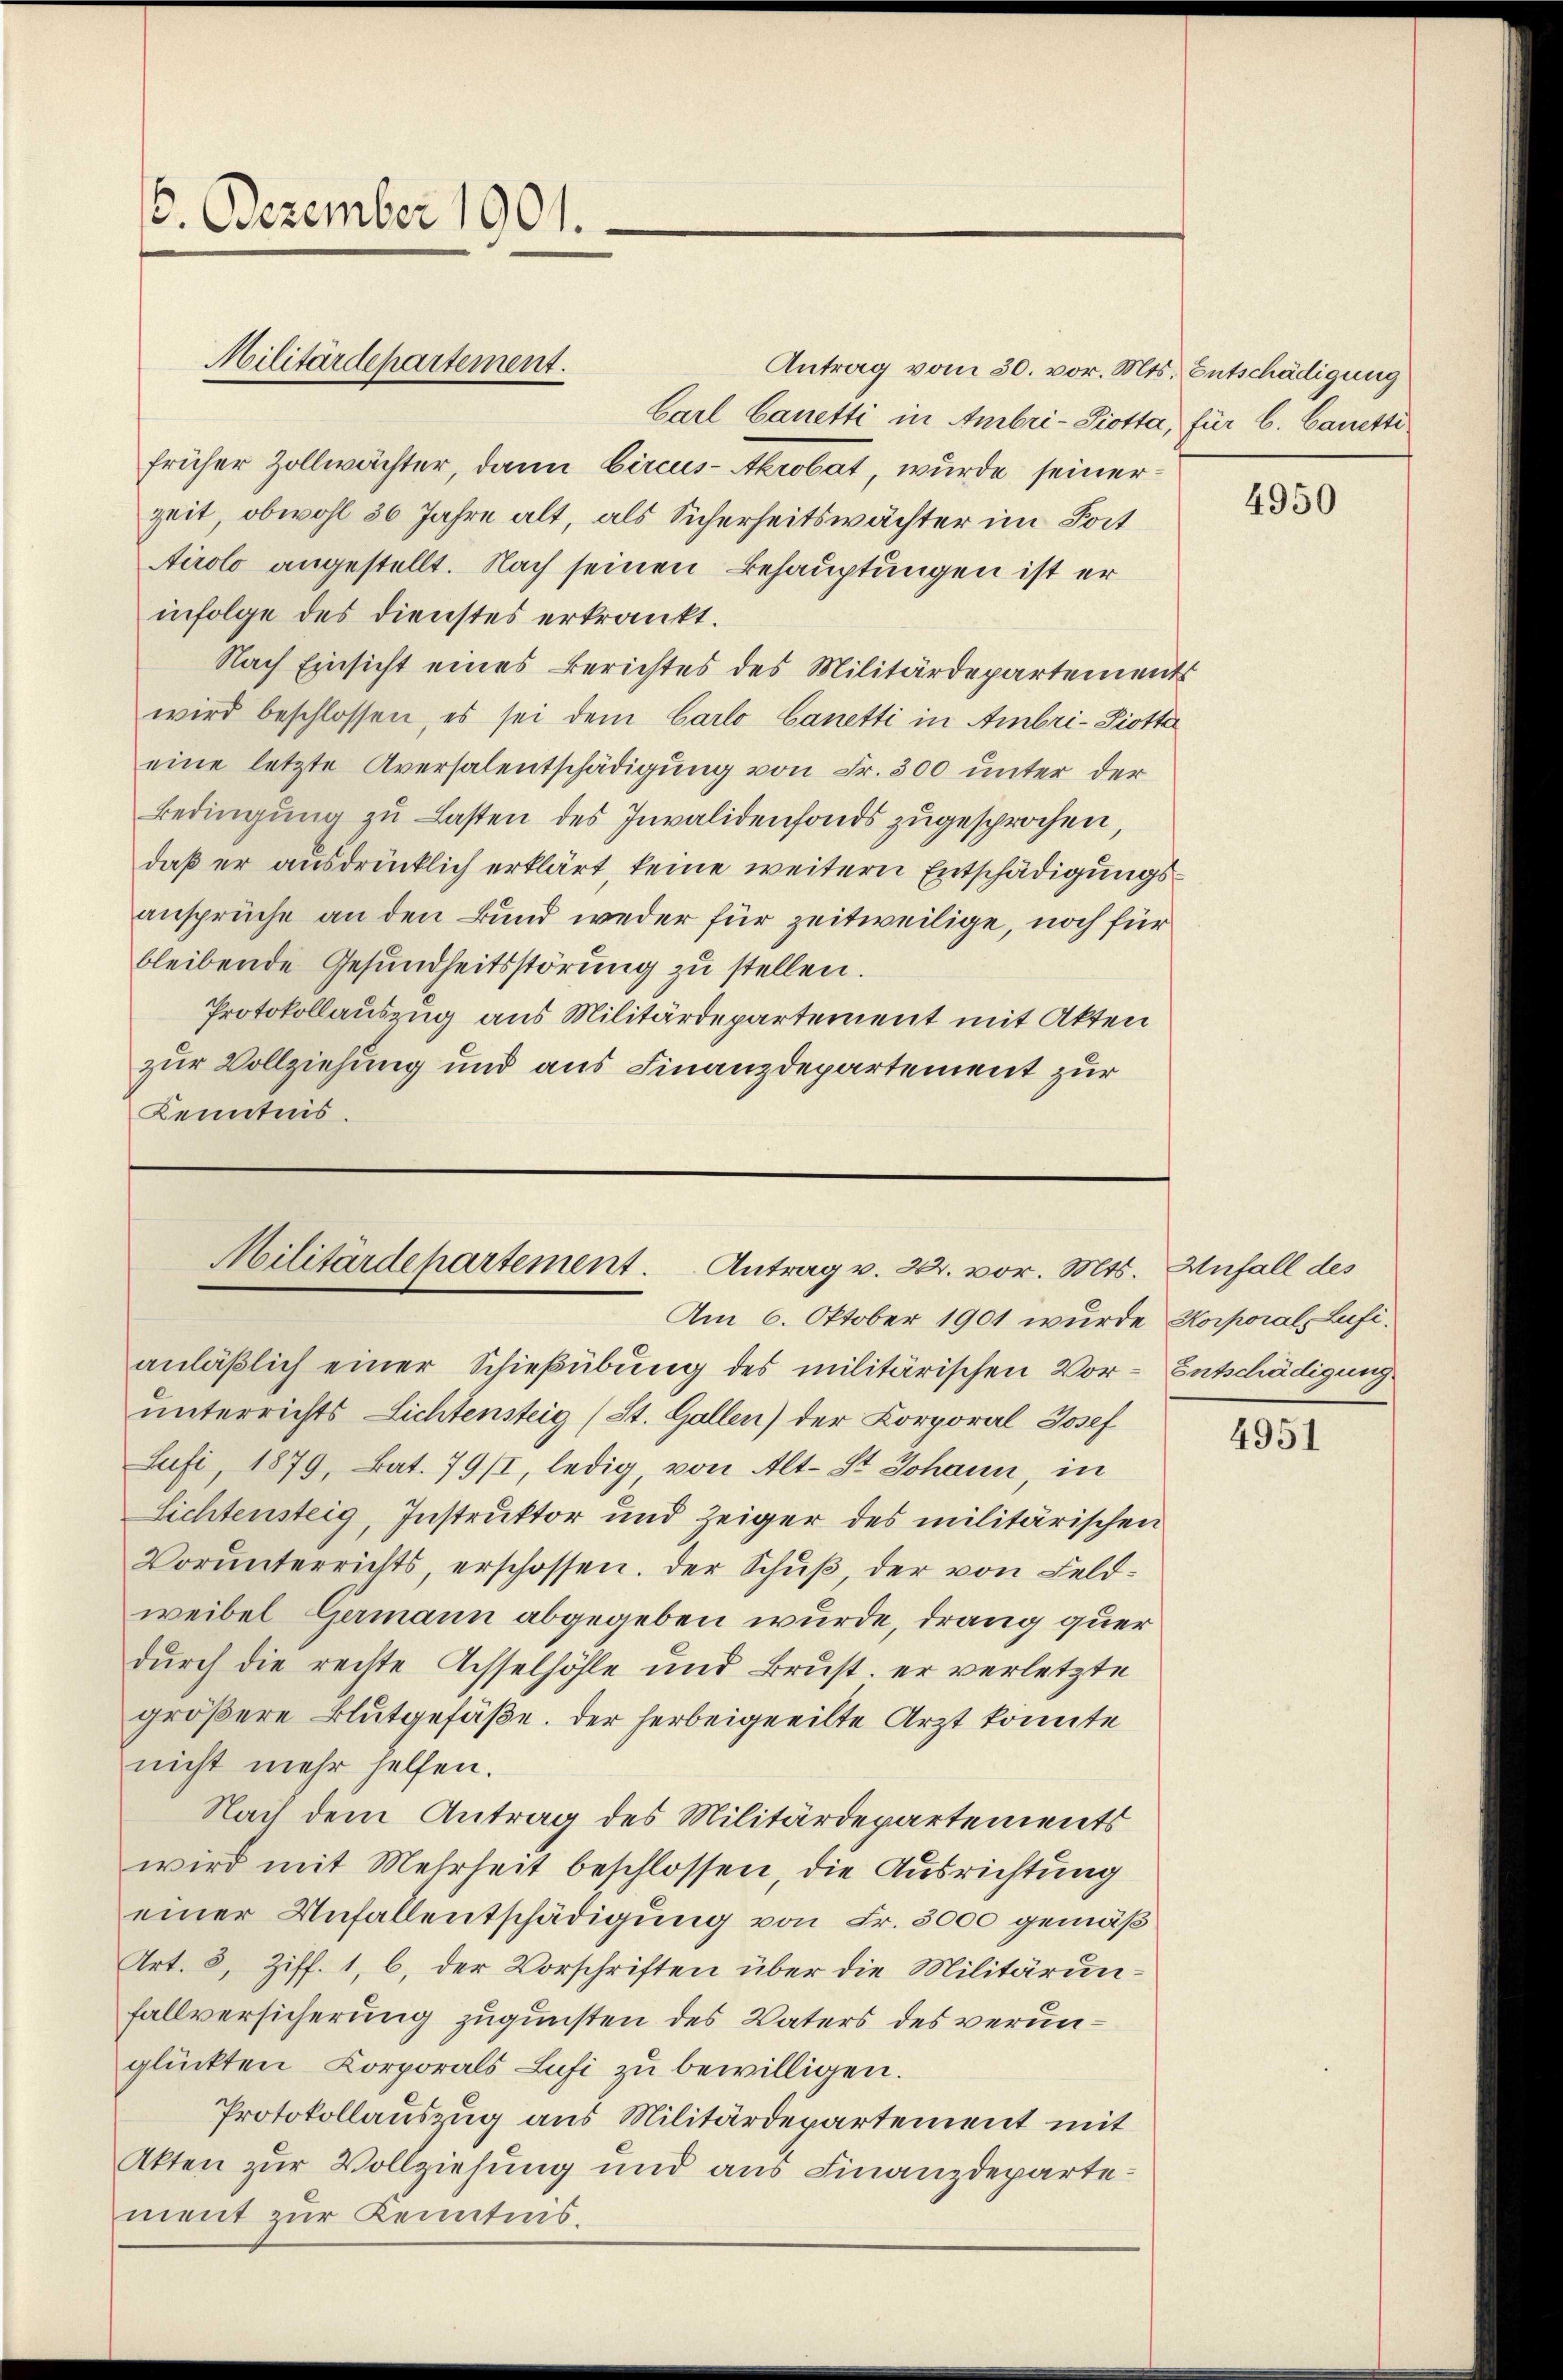
16. Dezember 1901.

Antrag vom 30. vor. Mts. Entschädigung
Carl Canetti in Ambri-Piotta, für 6. Canetti
früher Zollwächter, dann Circus- Akrobat, wurde seinerzeit, obwohl 36 Jahre alt, als Sicherheitswächter im Fort
Airolo angestellt. Nach seinen Behauptungen ist er
infolge des Dienstes erkrankt.
Nach Einsicht eines Berichtes des Militärdepartements
wird beschlossen, es sei dem Carlo Canetti in Ambri-Piotta
eine letzte Aversalentschädigung von Fr. 300 unter der
Bedingung zu Lasten des Invalidenfonds zugesprochen,
daß er ausdrücklich erklärt, keine weitern Entschädigungsansprüche an den Bund weder für zeitweilige, noch für
bleibende Gesundheitsstörŭng zu stellen.
Protokollauszug aus Militärdepartement mit Akten
zur Vollziehung und aus Finanzdepartement zur
Kenntnis.

Militärdepartement.

anläßlich einer Schießübung des militärischen Vor- Entschädigung
unterrichts Lichtensteig (St. Gallen) der Korporal Josef
Sufi, 1879, Bat. 79/I, ledig von Alt-St. Johann, in
Lichtensteig, Instruktor und Zeiger des militärischen
Vorŭnterrichts, erschossen. Der Schuß, der von Feldweibel Germann abgegeben wurde, drang quer
durch die rechte Achselhöhle und Brust, er verletzte
größere Blutgefäße. Der herbeigeeilte Arzt könnte
nicht mehr helfen.
Nach dem Antrag des Militärdepartements
wird mit Mehrheit beschlossen, die Ausrichtung
einer Unfallentschädigung von Fr. 3000 gemäß
Art. 8, Ziff. 1, b. der Vorschriften über die Militärunfallversicherung zugunsten des Vaters des verunglückten Corporals Lufi zŭ bewilligen.
Protokollauszug aus Militärdepartement mit
Akten zur Vollziehung und aus Finanzdepartement zur Kenntnis.

Militärdepartement. Antrag v. 22. vor. Mts. Anfall des
Am 6. Oktober 1901 wurde Korporal, Lufi¬

4950

4951